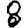
Digit: 8